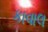
કાવાલ